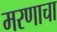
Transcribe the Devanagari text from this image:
मरणाचा